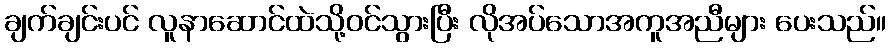
ချက်ချင်းပင် လူနာဆောင်ထဲသို့ဝင်သွားပြီး လိုအပ်သောအကူအညီများ ပေးသည်။